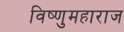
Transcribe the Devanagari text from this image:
विष्णुमहाराज